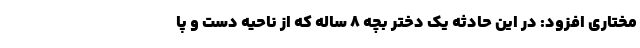
مختاری افزود: در این حادثه یک دختر بچه ۸ ساله که از ناحیه دست و پا